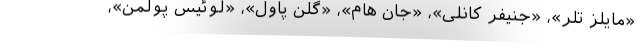
«مایلز تلر»، «جنیفر کانلی»، «جان هام»، «گلن پاول»، «لوئیس پولمن»،